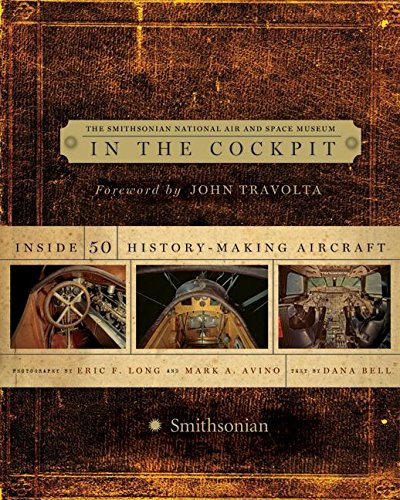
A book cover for In the Cockpit: Inside 50 History-Making Aircraft; Dana Bell; Engineering & Transportation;